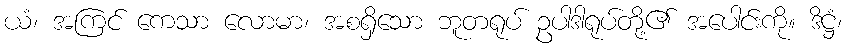
ယံ၊ အကြင် ကေသာ လောမာ၊ အစရှိသော ဘူတရုပ် ဥပါဒါရုပ်တို့၏ အပေါင်းကို။ ဒိဋ္ဌံ၊